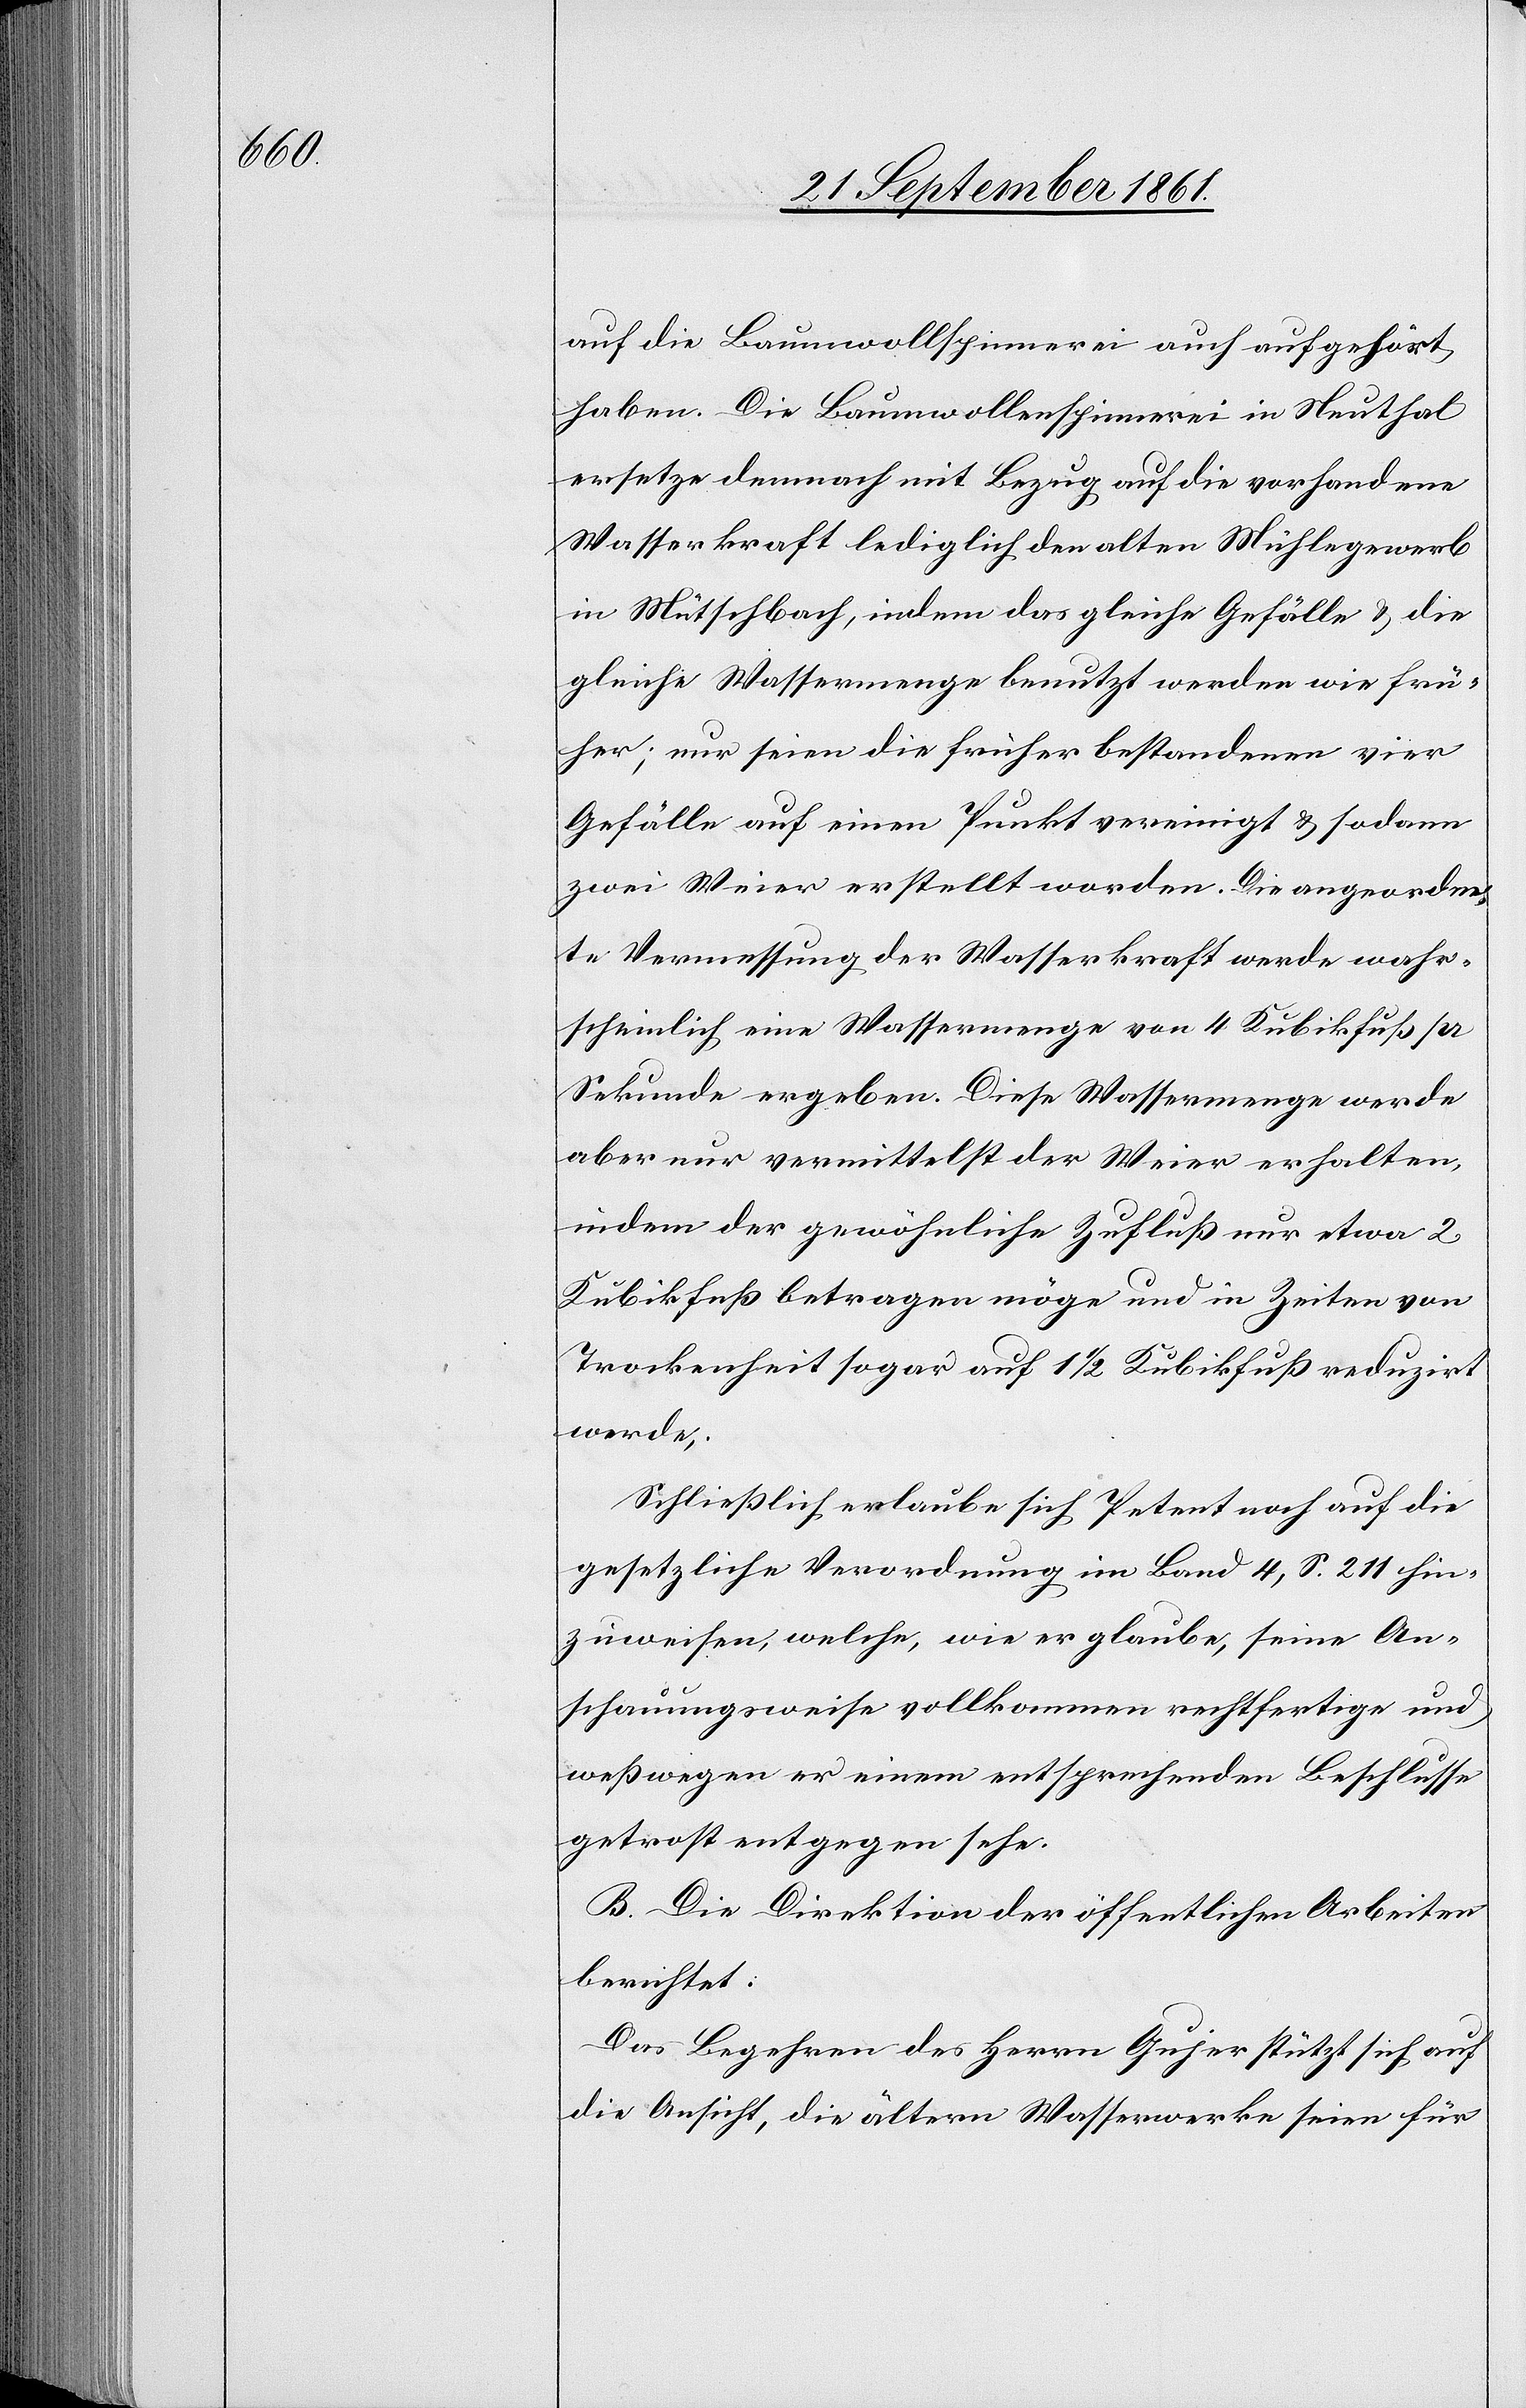
auf die Baumwollspinnerei auch aufgehört
haben. Die Baumwollenspinnerei in Neuthal
ersetze demnach mit Bezug auf die vorhandene
Wasserkraft lediglich den alten Mühlegewerb
in Mütschbach, indem das gleiche Gefälle u. die
gleiche Wassermenge benutzt werden wie frü¬
her; nur seien die früher bestandenen vier
Gefälle auf einen Punkt vereinigt u. sodann
zwei Weier erstellt worden. Die angeordne¬
te Vermessung der Wasserkraft werde wahr¬
scheinlich eine Wassermenge von 4 Kubikfuß pr
Sekunde ergeben. Diese Wassermenge werde
aber nur vermittelst der Weier erhalten,
indem der gewöhnliche Zufluß nur etwa 2
Kubikfuß betragen möge und in Zeiten von
Trockenheit auf 1 1/2 Kubikfuß reduzirt
werde;
Schließlich erlaube sich Petent noch auf die
gesetzliche Verordnung im Band 4, S. 211 hin¬
zuweisen, welche, wie er glaube, seine An¬
schauungsweise vollkommen rechtfertige und
weßwegen er einem entsprechenden Beschlusse
getrost entgegen sehe.
B. Die Direktion der öffentlichen Arbeiten
berichtet:
Das Begehren des Herrn Gujer stützt sich auf
die Ansicht, die ältern Wasserwerke seien für